Report of the Bombay Veterinary College
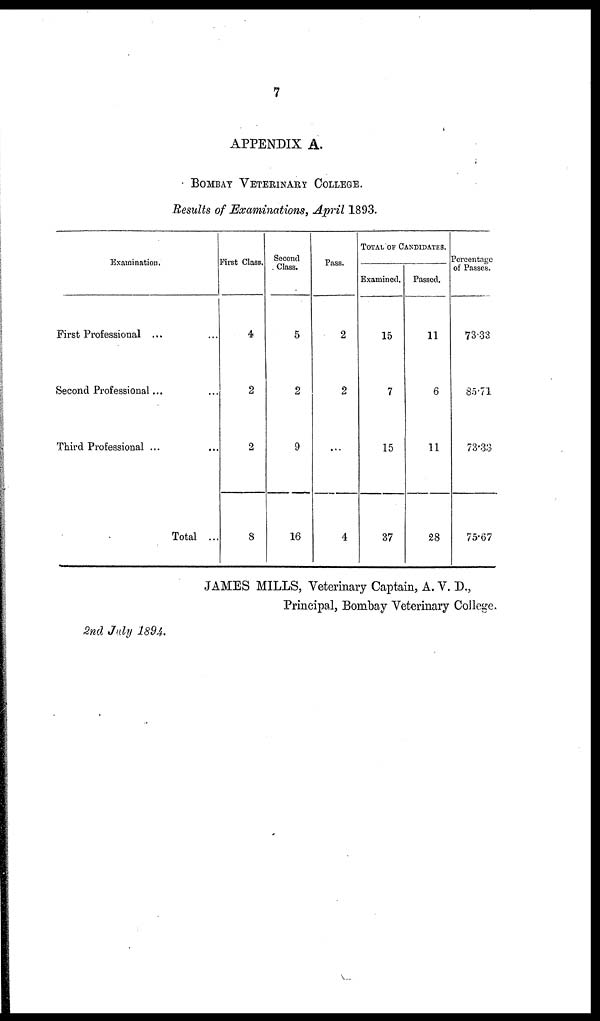
7
APPENDIX A.
BOMBAY VETERINARY COLLEGE.
Results of Examinations, April 1893.
First Professional ...
Second Professional...
Third Professional ...
...
...
...
Total ...
First Class.
4
2
2
8
Second
Class.
5
2
9
16
Pass.
2
2
...
4
TOTAL OF CANDIDATES.
Examined.
15
7
15
37
Passed.
11
6
11
28
Percentage
of Passes.
73.33
85.71
73.33
75.67
JAMES MILLS, Veterinary Captain, A. V. D.,
Principal, Bombay Veterinary College.
2nd July 1894.